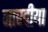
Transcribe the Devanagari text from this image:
नारदीया